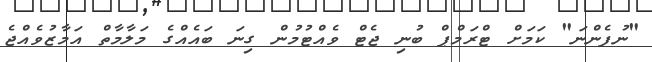
"ނުފެންނަ" ކަމަށް ޓްރަމްޕް ބުނި ޖެޓް ވެއްޓުމުން ގިނަ ބައެއްގެ މަލާމާތް އަމާޒުވެއްޖެ